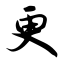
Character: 更